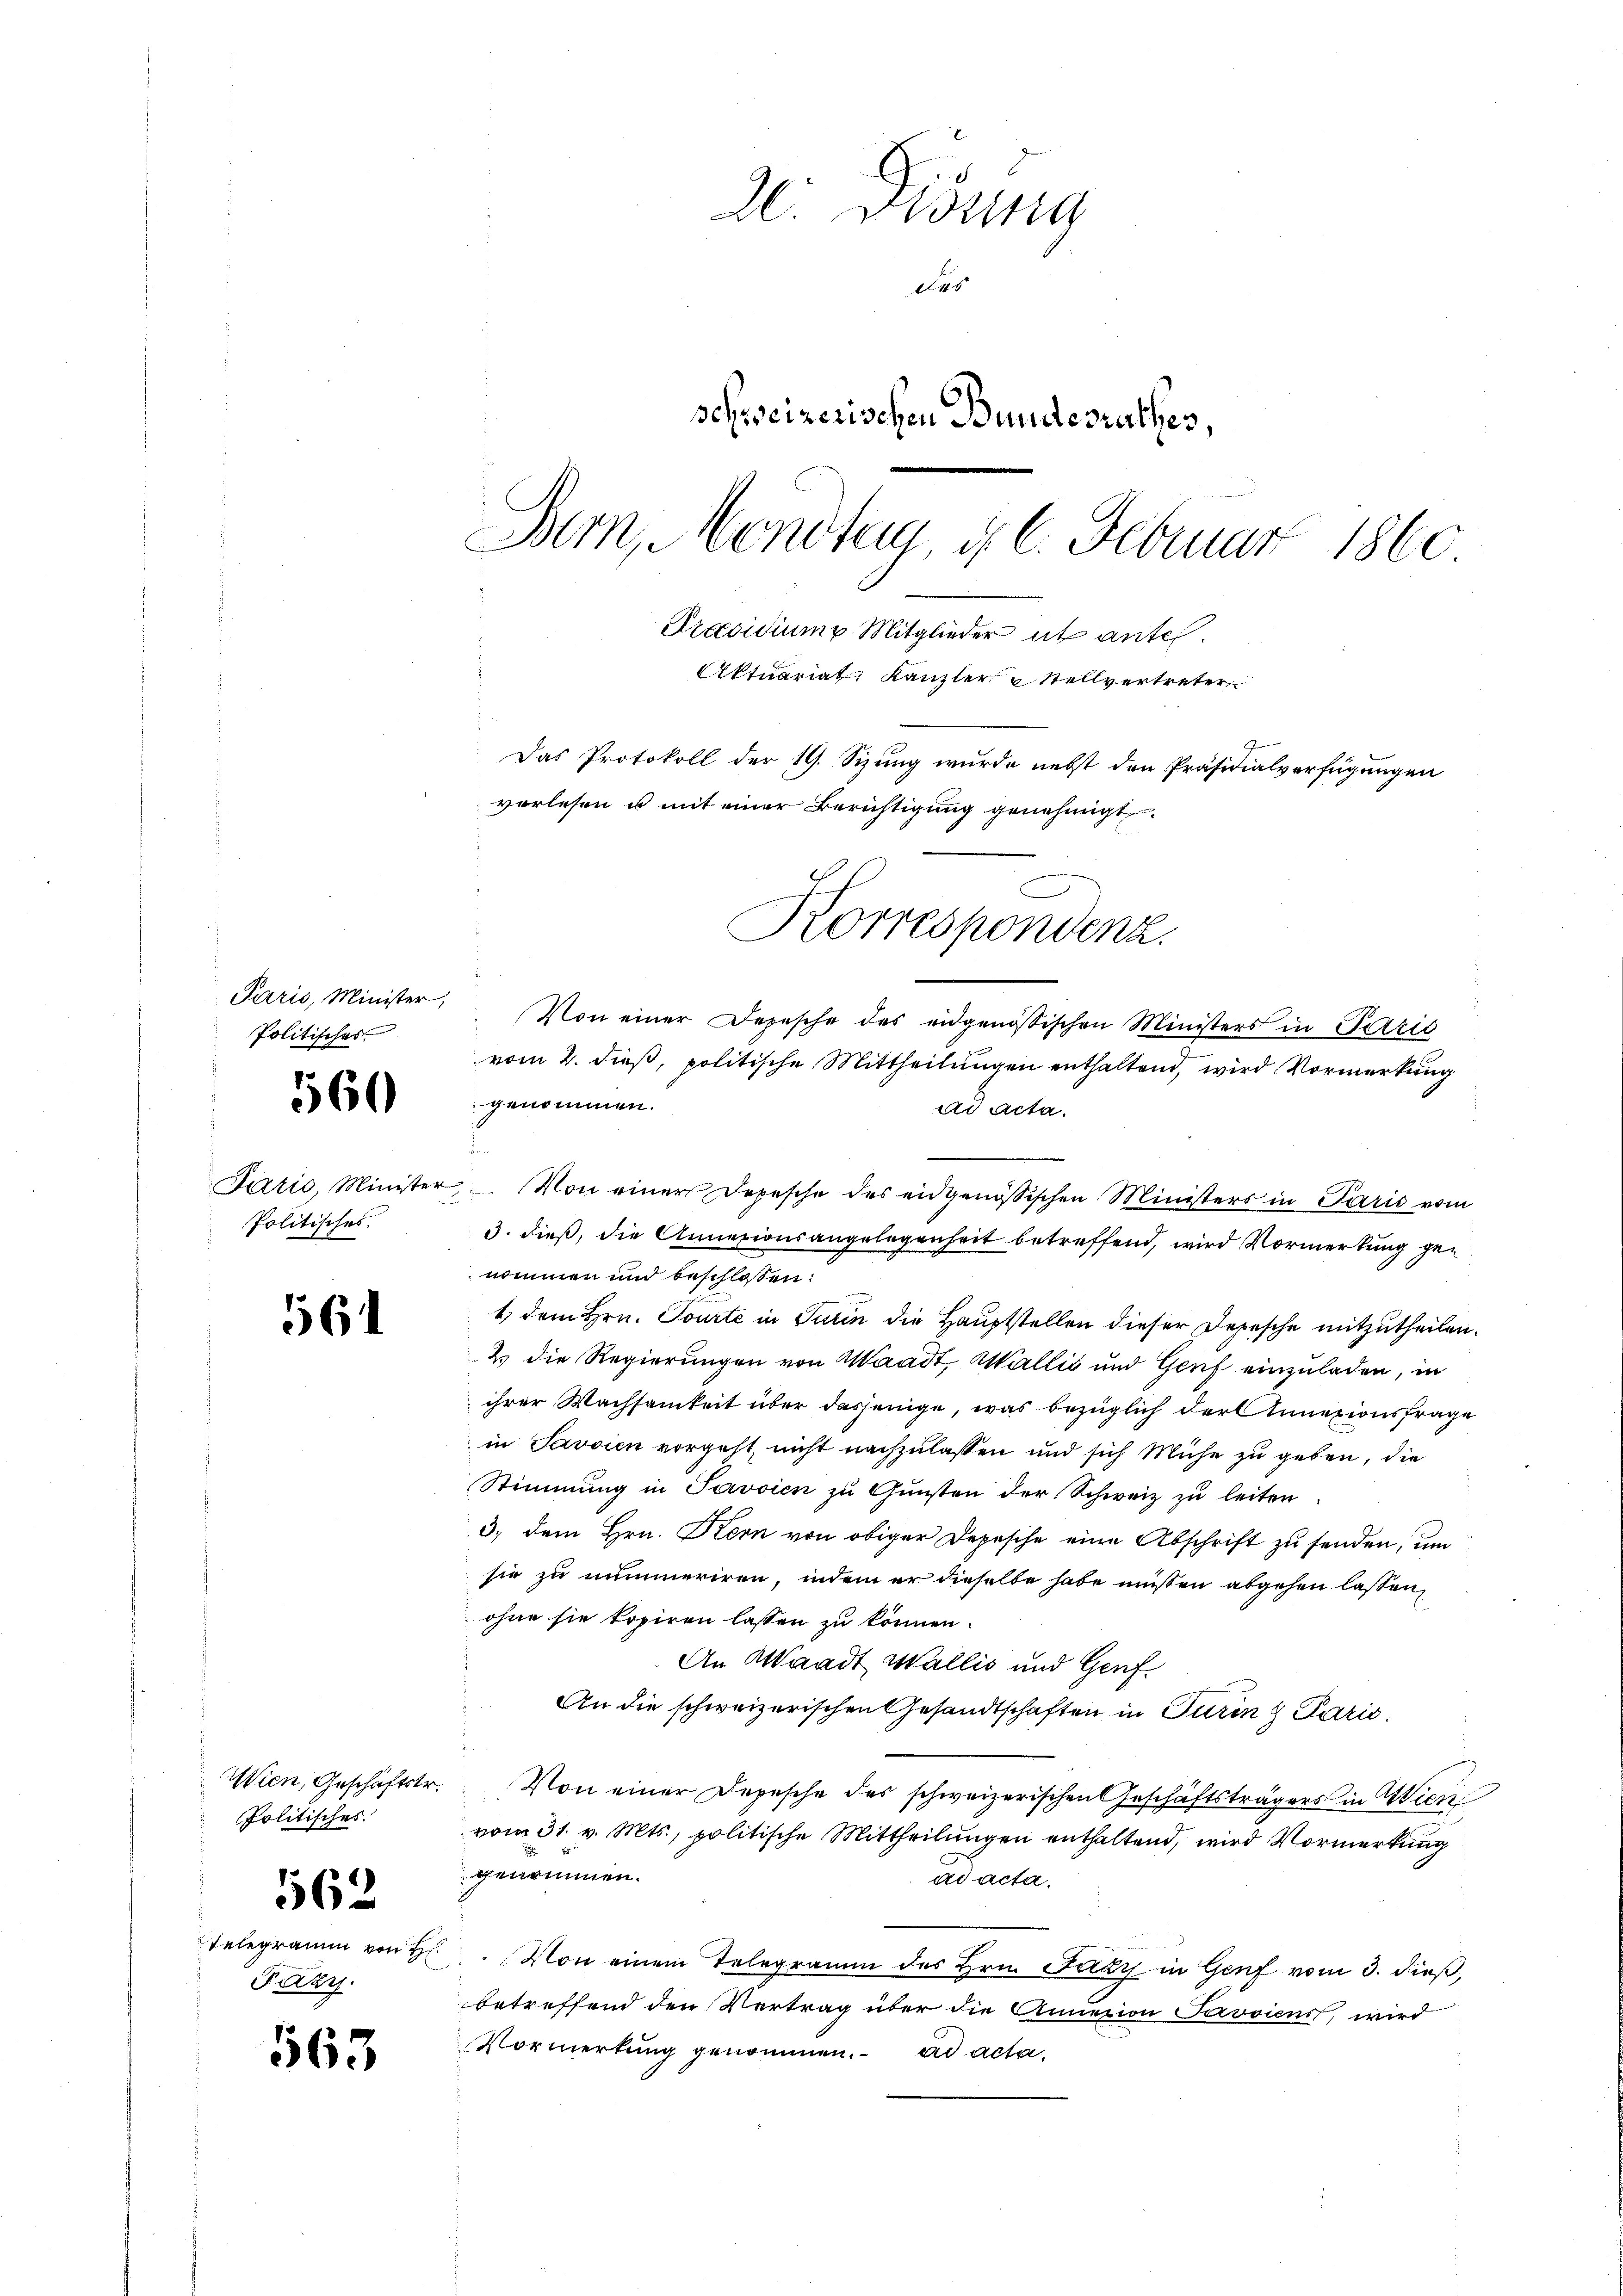
Politisches

Politisches.

560

561

Wien, Geschäftstr.
Politisches
562
Telegramm von H
Paar

563

2. Dissa
Des
schweizerischen Bundesrathes,
Bern, Mendtag d. 6. Februar 1860
Präsidium Mitglieder et antes.
Ektuariat Kanzler Stellvertreter
Das Protokoll der 19. Sizung wurde nebst den Präsidialverfügungen
vorlesen u mit einer Berichtigung genehmigt.
Korrespondenz.

vom 2. dieß, politische Mittheilungen enthaltend, wird Vormerkung
genommen.
ad acta.
Járić, Minister, Von einer Depesche des eidgenössischen Ministers in Paris vom
3. dieß, die Annexionsangelegenheit betreffend, wird Vormerkung genommen und beschlossen:
1) dem Hrn. Tourte in Turin die Hauptstellen dieser Depesche mitzutheilen.
2. die Regierungen von Waadt, Wallis und Genf einzuladen, in
ihrer Wachsamkeit über dasjenige, was bezüglich der Annexionsfrage
in Savoien vorgeht, nicht nachzulassen und sich Mühe zu geben, die
Stimmung in Javsien zu Gunsten der Schweiz zu leiten.
3) dem Hrn. Stern von obiger Depesche eine Abschrift zu senden, um
sie zu nummeriren, indem er dieselbe habe müssen abgehen lassen,
ohne sie kopiren lassen zu können.
An Waadt Wallis und Genf
An die schweizerischen Gesandtschaften in Turing Parić
Von einer Depesche des schweizerischen Geschäftsträgers in Wien
vom 31. v. Mts., politische Mittheilungen enthaltend, wird Vormerkung
 genommen.
ad acta.
Von einem Telegramm des Hrn. Fazy in Genf vom 3. dieß,
betreffend den Vertrag über die Annexion Pavvienst, wird
Vormerkung genommen. ad acta

Paris, Minister. Von einer Depesche des eidgenössischen Ministers in Paris